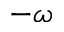
- \omega